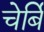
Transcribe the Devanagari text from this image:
चेर्बि